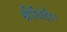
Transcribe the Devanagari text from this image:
श्रीविहीन